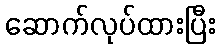
ဆောက်လုပ်ထားပြီး